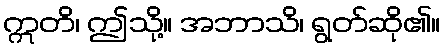
ဣတိ၊ ဤသို့။ အဘာသိ၊ ရွတ်ဆို၏။